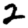
Digit: 2